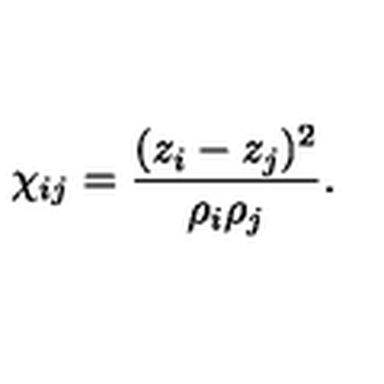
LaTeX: \chi _ { i j } = { \frac { ( z _ { i } - z _ { j } ) ^ { 2 } } { \rho _ { i } \rho _ { j } } } .